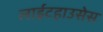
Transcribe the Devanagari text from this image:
लाईटहाउसेस